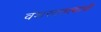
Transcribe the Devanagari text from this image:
वंशसातत्याची